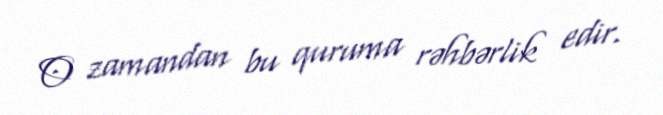
O zamandan bu quruma rəhbərlik edir.